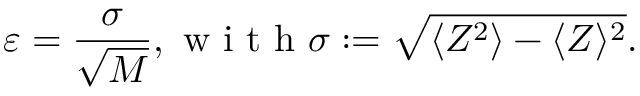
\varepsilon = \frac { \sigma } { \sqrt { M } } , \mathrm { ~ w ~ i ~ t ~ h ~ } \sigma : = \sqrt { \langle Z ^ { 2 } \rangle - \langle Z \rangle ^ { 2 } } .